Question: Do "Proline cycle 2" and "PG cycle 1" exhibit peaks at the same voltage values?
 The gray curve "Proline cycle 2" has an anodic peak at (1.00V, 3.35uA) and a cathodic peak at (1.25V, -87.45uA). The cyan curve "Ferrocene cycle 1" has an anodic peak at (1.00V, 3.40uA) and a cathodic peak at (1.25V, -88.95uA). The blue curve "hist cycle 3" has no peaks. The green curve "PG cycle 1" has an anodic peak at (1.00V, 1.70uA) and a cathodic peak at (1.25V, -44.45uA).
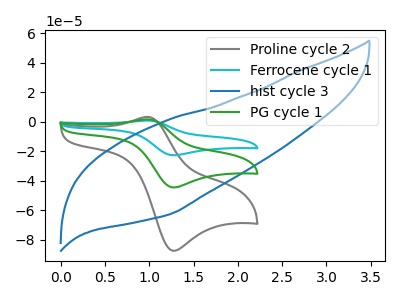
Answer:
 <answer>Yes, "Proline cycle 2" have a peak in "PG cycle 1" at the same potential.</answer>
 <eval>match</eval>